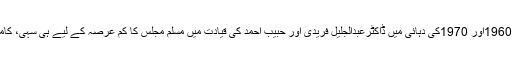
ان کے سامنے 1960اور 1970کی دہائی میں ڈاکٹرعبدالجلیل فریدی اور حبیب احمد کی قیادت میں مسلم مجلس کا کم عرصہ کے لیے ہی سہی، کامیاب تجربہ ہے۔